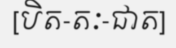
[បិត-តៈ-ជាត]